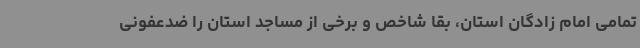
تمامی امام زادگان استان، بقا شاخص و برخی از مساجد استان را ضدعفونی